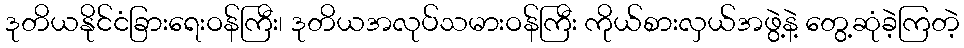
ဒုတိယနိုင်ငံခြားရေးဝန်ကြီး၊ ဒုတိယအလုပ်သမားဝန်ကြီး ကိုယ်စားလှယ်အဖွဲ့နဲ့ တွေ့ဆုံခဲ့ကြတဲ့